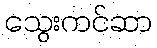
သွေးကင်ဆာ